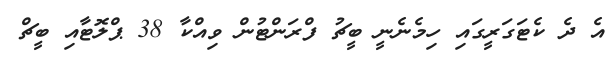
އެ ދެ ކެޓަގަރީގައި ހިމެނެނީ ބީޗު ފްރަންޓުން ވިއްކާ 38 ޕްލޮޓާއި ބީޗް